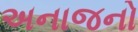
અનાજનો